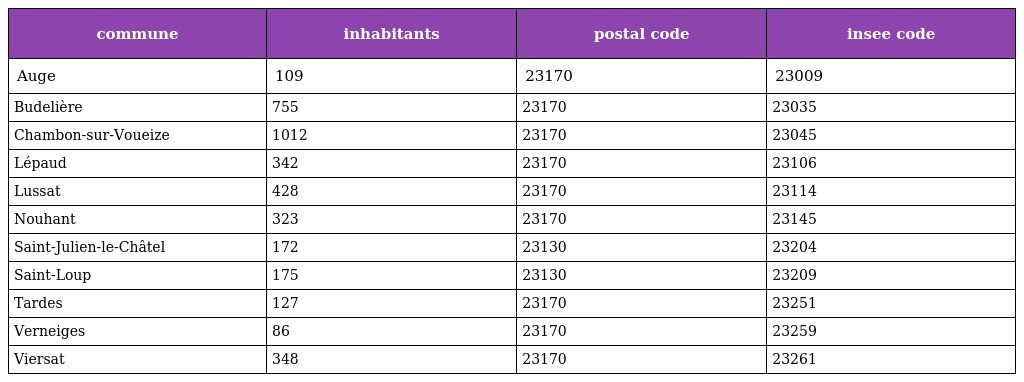
| commune | inhabitants | postal code | insee code |
 | --- | --- | --- | --- |
 | Auge | 109 | 23170 | 23009 |
 | Budelière | 755 | 23170 | 23035 |
 | Chambon-sur-Voueize | 1012 | 23170 | 23045 |
 | Lépaud | 342 | 23170 | 23106 |
 | Lussat | 428 | 23170 | 23114 |
 | Nouhant | 323 | 23170 | 23145 |
 | Saint-Julien-le-Châtel | 172 | 23130 | 23204 |
 | Saint-Loup | 175 | 23130 | 23209 |
 | Tardes | 127 | 23170 | 23251 |
 | Verneiges | 86 | 23170 | 23259 |
 | Viersat | 348 | 23170 | 23261 |